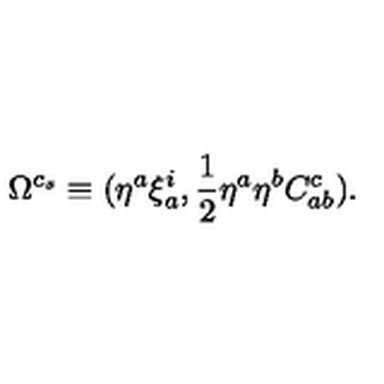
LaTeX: \Omega ^ { c _ { s } } \equiv ( \eta ^ { a } \xi _ { a } ^ { i } , { \frac { 1 } { 2 } } \eta ^ { a } \eta ^ { b } C _ { a b } ^ { c } ) .